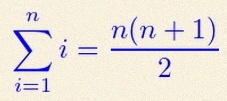
\sum_{i=1}^{n}i=\frac{n(n+1)}2